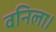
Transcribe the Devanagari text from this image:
वनिला।